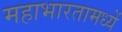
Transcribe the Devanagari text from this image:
महाभारतामध्यें